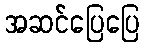
အဆင်ပြေပြေ